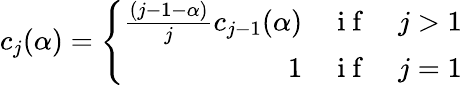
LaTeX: c_{j}(\alpha)=\left\{ \begin{array}{rcl}{\frac{(j-1-\alpha)}{j}c_{j-1}(\alpha)}&{\mathrm{~i~f~}}&{j>1}\\ {1}&{\mathrm{~i~f~}}&{j=1}\end{array}\right.